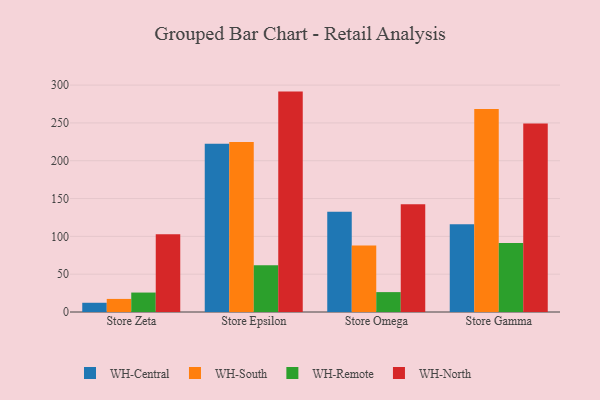
{"axis": {"x": "Store", "y": "Backlog"}, "legend": ["WH-Central", "WH-North", "WH-Remote", "WH-South"], "data": [{"x": "Store Zeta", "y": 12.2, "type": "WH-Central"}, {"x": "Store Zeta", "y": 17.3, "type": "WH-South"}, {"x": "Store Zeta", "y": 25.7, "type": "WH-Remote"}, {"x": "Store Zeta", "y": 102.9, "type": "WH-North"}, {"x": "Store Epsilon", "y": 222.5, "type": "WH-Central"}, {"x": "Store Epsilon", "y": 224.7, "type": "WH-South"}, {"x": "Store Epsilon", "y": 61.7, "type": "WH-Remote"}, {"x": "Store Epsilon", "y": 291.4, "type": "WH-North"}, {"x": "Store Omega", "y": 132.4, "type": "WH-Central"}, {"x": "Store Omega", "y": 87.9, "type": "WH-South"}, {"x": "Store Omega", "y": 26.3, "type": "WH-Remote"}, {"x": "Store Omega", "y": 142.3, "type": "WH-North"}, {"x": "Store Gamma", "y": 116.0, "type": "WH-Central"}, {"x": "Store Gamma", "y": 268.4, "type": "WH-South"}, {"x": "Store Gamma", "y": 91.1, "type": "WH-Remote"}, {"x": "Store Gamma", "y": 249.2, "type": "WH-North"}]}